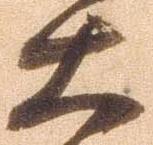
大